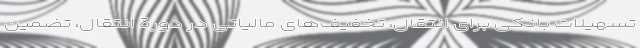
تسهیلات بانکی برای انتقال، تخفیف‌های مالیاتی در دورة انتقال، تضمین